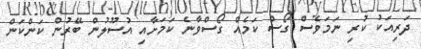
ދަރިއަކު ކުރި ނަމަވެސް ގޯސް ކަމެއް ގޯސްވާނެ ކަމަށާއި އުސޫލުން ބޭރުން ކަންކަން